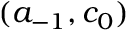
( a _ { - 1 } , c _ { 0 } )